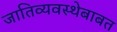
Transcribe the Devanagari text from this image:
जातिव्यवस्थेबाबत